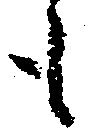
も